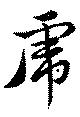
虎